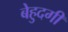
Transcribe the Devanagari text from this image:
बेहुदगी